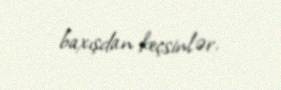
baxışdan keçsinlər.